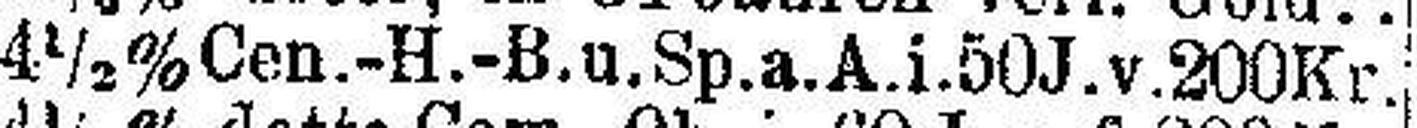
4½% Cen.-H.-B.u.Sp.a.A.i.50 J.v.200 Kr.